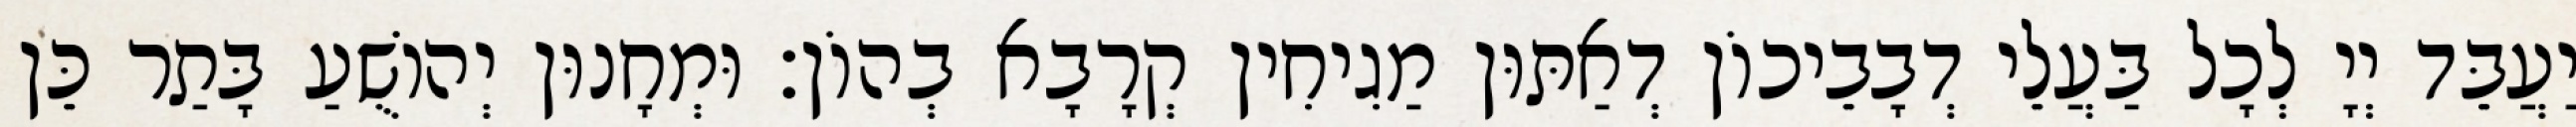
יַעֲבֵּד יְיָ לְכָל בַּעֲלֵי דְבָבֵיכוֹן דְאַתּוּן מַגִיחִין קְרָבָא בְהוֹן׃ וּמְחָנוּן יְהוֹשֻׁעַ בָּתַר כֵּן